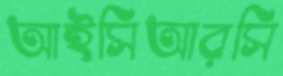
আইসিআরসি